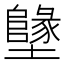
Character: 𡓬